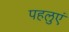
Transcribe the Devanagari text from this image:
पहलुएं